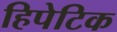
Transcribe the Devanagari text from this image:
हिपेटिक